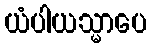
ယံပါယသ္မာပေ